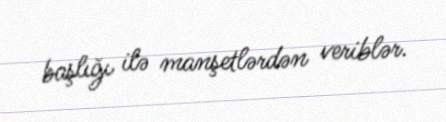
başlığı ilə manşetlərdən veriblər.